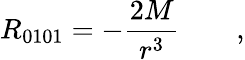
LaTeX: R_{0101}=-\frac{2M}{r^{3}}\qquad,